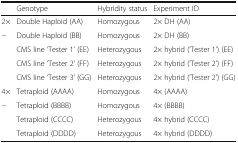
<table><thead><tr><td></td><td><b>Genotype</b></td><td><b>Hybridity status</b></td><td><b>Experiment ID</b></td></tr></thead><tbody><tr><td>2×</td><td>Double Haploid (AA)</td><td>Homozygous</td><td>2× DH (AA)</td></tr><tr><td rowspan="4">−</td><td>Double Haploid (BB)</td><td>Homozygous</td><td>2× DH (BB)</td></tr><tr><td>CMS line ‘Tester 1’ (EE)</td><td>Heterozygous</td><td>2× hybrid (‘Tester 1’) (EE)</td></tr><tr><td>CMS line ‘Tester 2’ (FF)</td><td>Heterozygous</td><td>2× hybrid (‘Tester 2’) (FF)</td></tr><tr><td>CMS line ‘Tester 3’ (GG)</td><td>Heterozygous</td><td>2× hybrid (‘Tester 2’) (GG)</td></tr><tr><td>4×</td><td>Tetraploid (AAAA)</td><td>Homozygous</td><td>4× (AAAA)</td></tr><tr><td rowspan="3">−</td><td>Tetraploid (BBBB)</td><td>Homozygous</td><td>4× (BBBB)</td></tr><tr><td>Tetraploid (CCCC)</td><td>Heterozygous</td><td>4× hybrid (CCCC)</td></tr><tr><td>Tetraploid (DDDD)</td><td>Heterozygous</td><td>4× hybrid (DDDD)</td></tr></tbody></table>